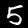
Label: 5